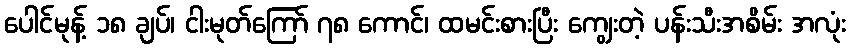
ပေါင်မုန့် ၁၈ ချပ်၊ ငါးမုတ်ကြော် ၇၈ ကောင်၊ ထမင်းစားပြီး ကျွေးတဲ့ ပန်းသီးအစိမ်း အလုံး